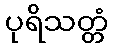
ပုရိသတ္တံ